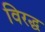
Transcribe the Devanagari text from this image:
विरद्ध